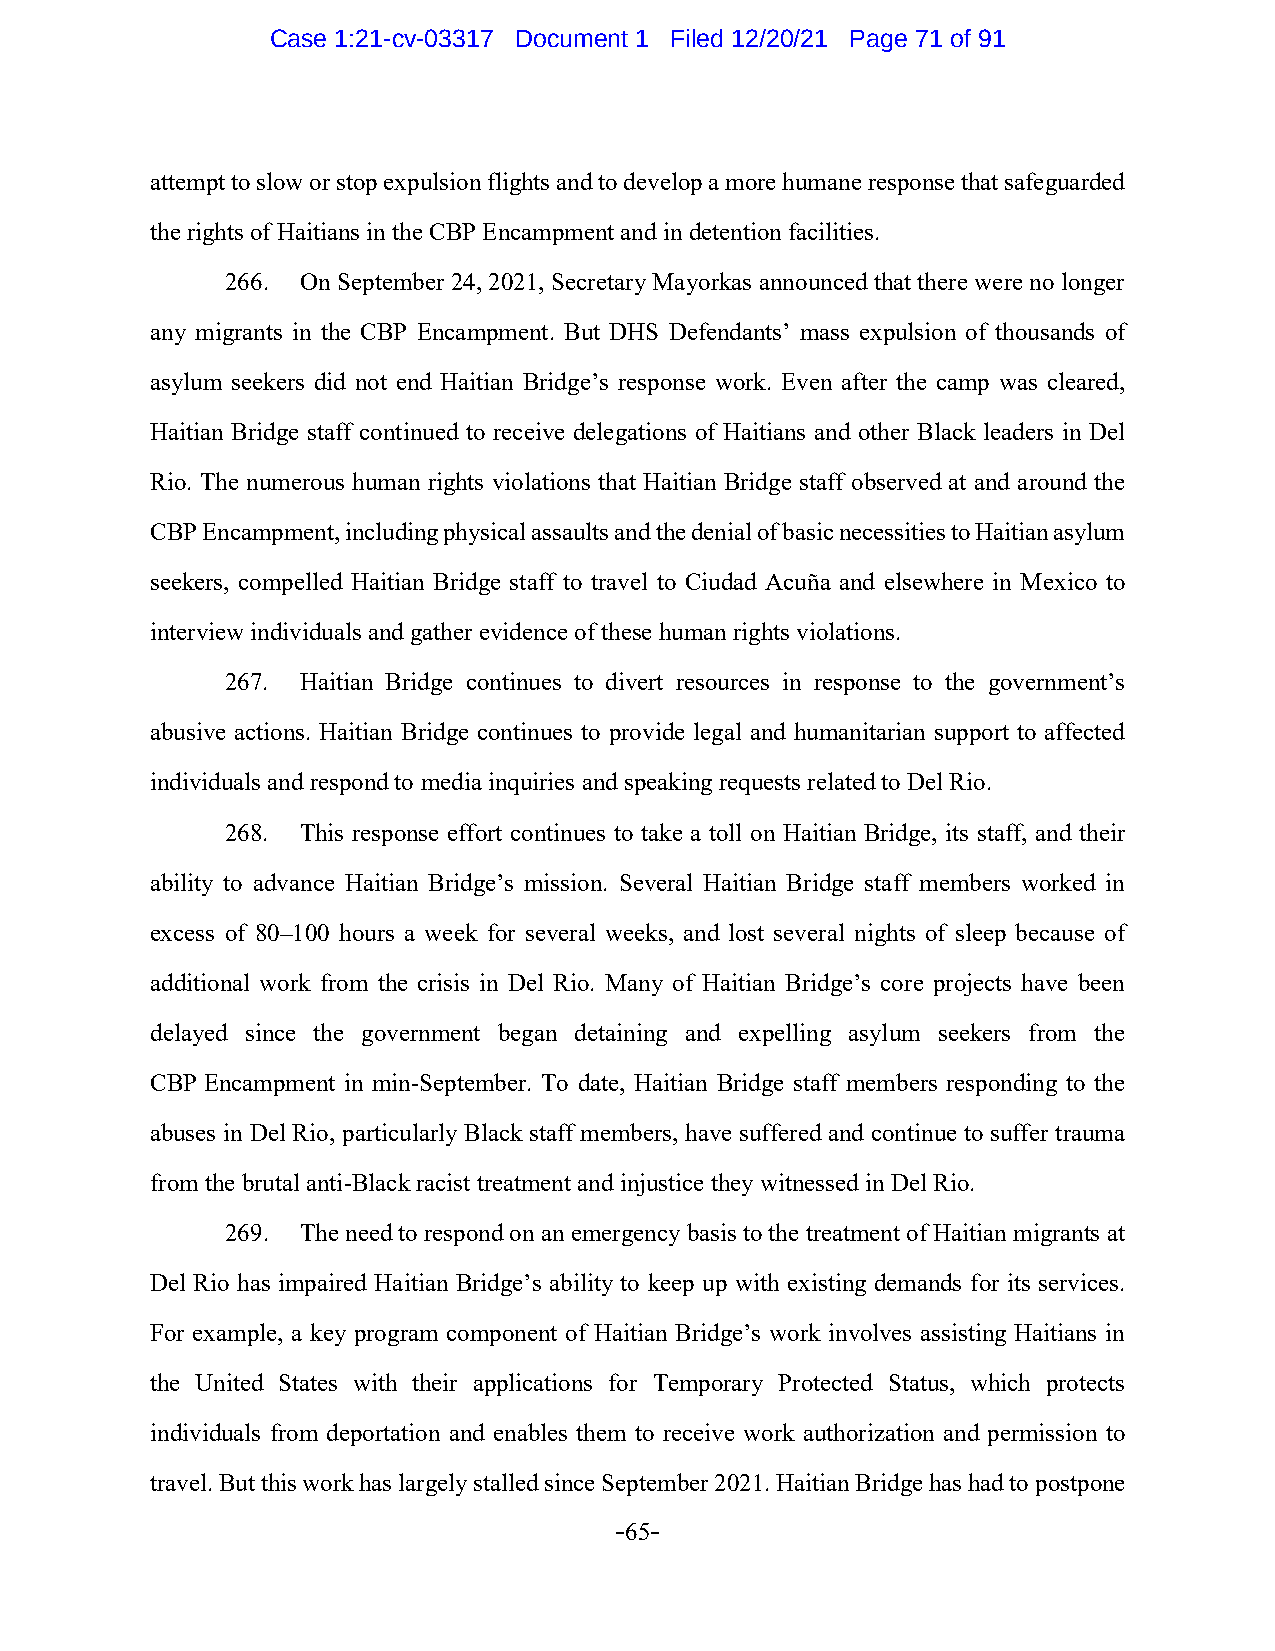
Case 1:21-cv-03317 Document 1 Filed 12/20/21 Page 71 of 91
 attempt to slow or stop expulsion flights and to develop a more humane response that safeguarded
 the rights of Haitians in the CBP Encampment and in detention facilities.
 266. On September 24, 2021, Secretary Mayorkas announced that there were no longer
 any migrants in the CBP Encampment. But DHS Defendants’ mass expulsion of thousands of
 asylum seekers did not end Haitian Bridge’s response work. Even after the camp was cleared,
 Haitian Bridge staff continued to receive delegations of Haitians and other Black leaders in Del
 Rio. The numerous human rights violations that Haitian Bridge staff observed at and around the
 CBP Encampment, including physical assaults and the denial of basic necessities to Haitian asylum
 seekers, compelled Haitian Bridge staff to travel to Ciudad Acuña and elsewhere in Mexico to
 interview individuals and gather evidence of these human rights violations.
 267. Haitian Bridge continues to divert resources in response to the government’s
 abusive actions. Haitian Bridge continues to provide legal and humanitarian support to affected
 individuals and respond to media inquiries and speaking requests related to Del Rio.
 268. This response effort continues to take a toll on Haitian Bridge, its staff, and their
 ability to advance Haitian Bridge’s mission. Several Haitian Bridge staff members worked in
 excess of 80–100 hours a week for several weeks, and lost several nights of sleep because of
 additional work from the crisis in Del Rio. Many of Haitian Bridge’s core projects have been
 delayed since the government began detaining and expelling asylum seekers from the
 CBP Encampment in min-September. To date, Haitian Bridge staff members responding to the
 abuses in Del Rio, particularly Black staff members, have suffered and continue to suffer trauma
 from the brutal anti-Black racist treatment and injustice they witnessed in Del Rio.
 269. The need to respond on an emergency basis to the treatment of Haitian migrants at
 Del Rio has impaired Haitian Bridge’s ability to keep up with existing demands for its services.
 For example, a key program component of Haitian Bridge’s work involves assisting Haitians in
 the United States with their applications for Temporary Protected Status, which protects
 individuals from deportation and enables them to receive work authorization and permission to
 travel. But this work has largely stalled since September 2021. Haitian Bridge has had to postpone
 -65-